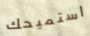
استميحك